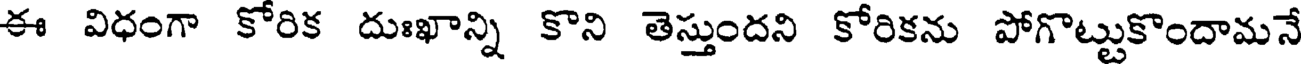
ఈ విధంగా కోరిక దుఃఖాన్ని కొని తెస్తుందని కోరికను పోగొట్టుకొందామనే